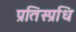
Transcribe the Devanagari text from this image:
प्रतिस्प्रधि